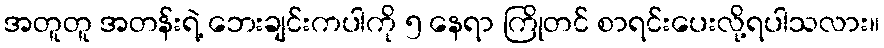
အတူတူ အတန်းရဲ့ ဘေးချင်းကပါကို ၅ နေရာ ကြိုတင် စာရင်းပေးလို့ရပါသလား။